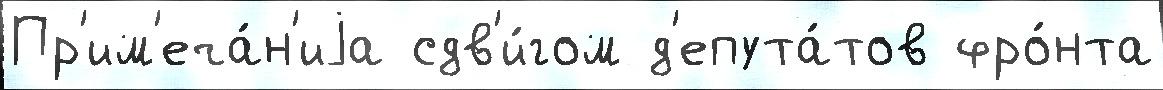
Пр'им'еча́н'иjа сдв'и́гом д'епута́тов фро́нта